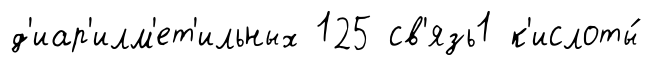
д'иар'илм'ет'ильных 125 св'язь1 к'ислоты́